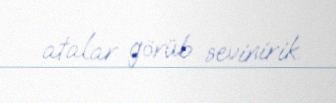
atalar görüb sevinirik.